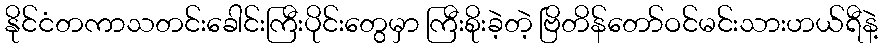
နိုင်ငံတကာသတင်းခေါင်းကြီးပိုင်းတွေမှာ ကြီးစိုးခဲ့တဲ့ ဗြိတိန်တော်ဝင်မင်းသားဟယ်ရီနဲ့